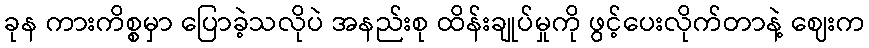
ခုန ကားကိစ္စမှာ ပြောခဲ့သလိုပဲ အနည်းစု ထိန်းချုပ်မှုကို ဖွင့်ပေးလိုက်တာနဲ့ ဈေးက